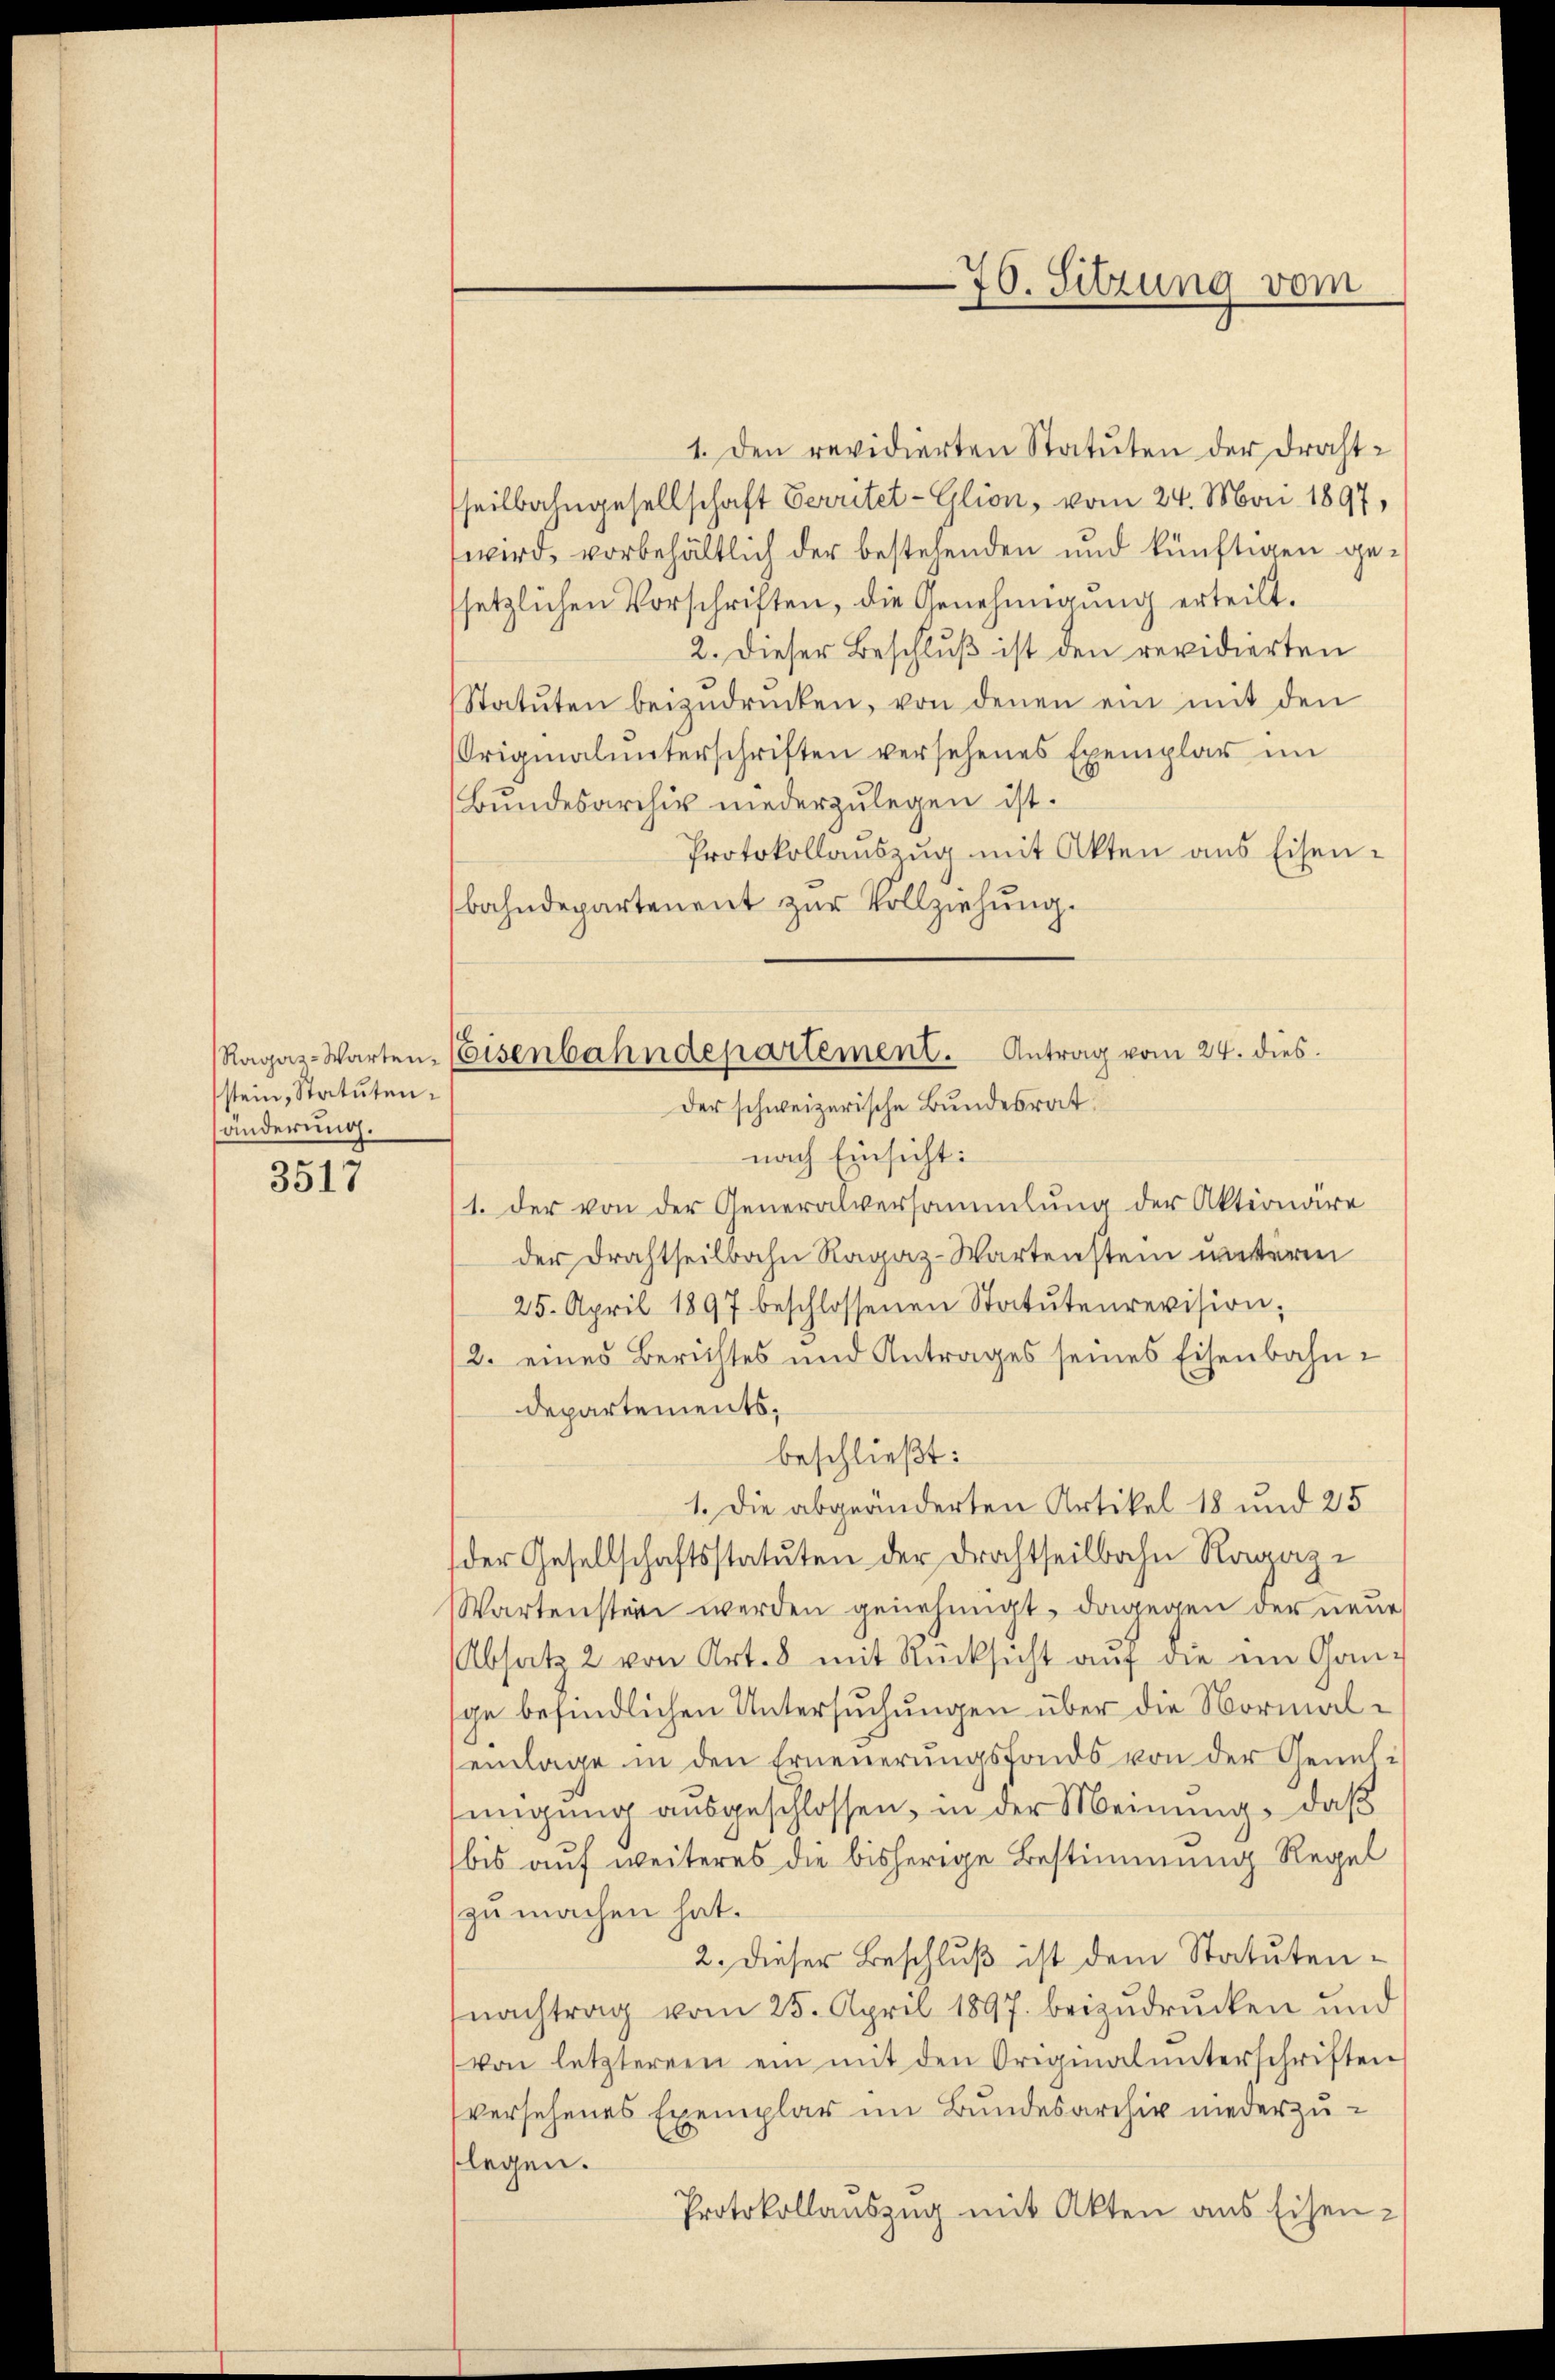
stein, Statutenänderung.

3517

1. Den revidierten Statuten der Draht-
seitbahngesellschaft Verritet-Glion, vom 24. Mai 1897,
wird, vorbehältlich der bestehenden und künftigen gesetzlichen Vorschriften, die Genehmigung erteilt.
2. Dieser Beschlŭβ ist den revidierten
Statŭten beizŭdrŭcken, von denen ein mit den
Originalunterschriften versehenes Exemplar im
Bundesarchiv niederzulegen ist.
Protokollauszug mit Akten aus Eisen-
bahndepartenent zur Vollziehung.

e
76. Sitzung vom

nach Einsicht:
1. der von der Generalversammlung der Aktionäre
der Drahtheilbahn Ragaz-Wartenstein unterm
25. April 1897 beschlossenen Statutenrevision;
2. eines Berichtes und Antrages seines Eisenbahndepartements,
beschließt:
1. Die abgeänderten Artikel 18 und 25
der Gesellschaftsstatuten der Drachtheilbahn Ragazi
Wartensten werden genehmigt, dagegen der neue
Absatz 2 von Art. 8 mit Rücksicht auf die im Gange befindlichen Untersuchungen über die Normaleinlage in den Erneuerungsfonds von der Genehsingung ausgeschlossen, in der Meinung, daß
bis auf weiteres die bisherige Bestimmung Regel
zu machen hat.
2. Dieser Beschluß ist dem Statutennachtrag vom 25. April 1897. beizudrucken und
von letzterern ein mit den Originalunterschriften
versehenes Exemplar im Bundesarchiv niederzuflegen.
Protokollauszug mit Akten aus Eisen-

Ragas-Warten, Eisenbahndepartement. Antrag vom 24. dies
der schweizerische Bundesrat.